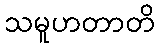
သမူဟတာတိ